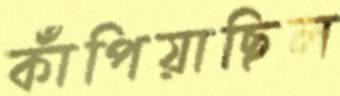
কাঁপিয়াছিল